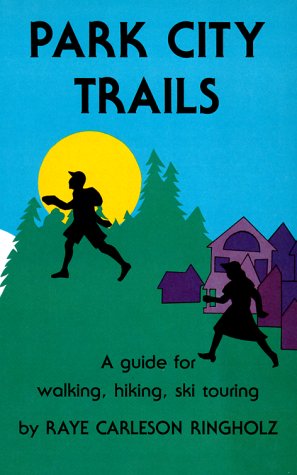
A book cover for Park City Trails; Raye C. Ringholz; Travel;